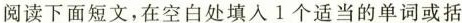
阅读下面短文,在空白处填入 l个适当的单词或括